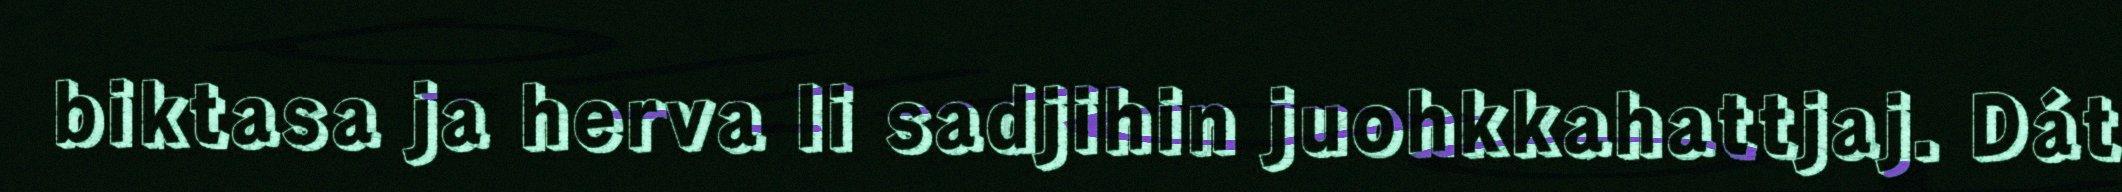
biktasa ja herva li sadjihin juohkkahattjaj. Dát